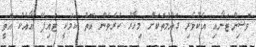
ވޮޝިންޓަނާއި އެކުވެރި ގައުމުތަކަށް މިހާރު ކުރެވެން އޮތް ކަމަކީ ޓައިޕޭ އާއެކު އޮތީ